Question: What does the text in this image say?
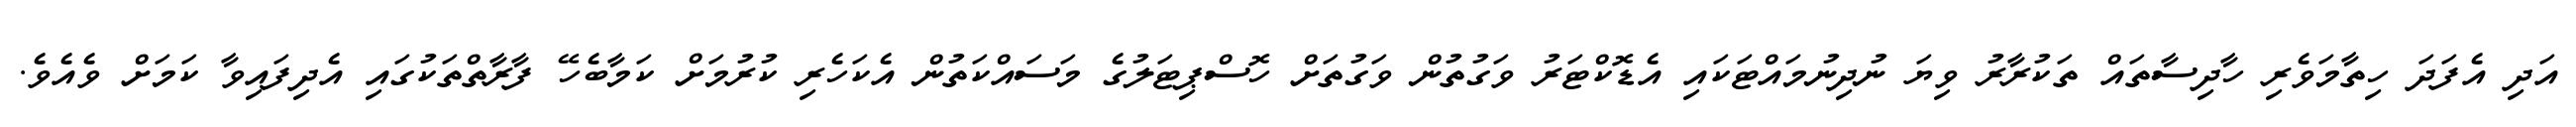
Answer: އަދި އެފަދަ ހިތާމަވެރި ހާދިސާތައް ތަކުރާރު ވިޔަ ނުދިނުމައްޓަކައި އެޑޮކްޓަރު ވަގުތުން ވަގުތަށް ހޮސްޕިޓަލުގެ މަސައްކަތުން އެކަހެރި ކުރުމަށް ކަމާބެހޭ ފާރާތްތަކުގައި އެދިފައިވާ ކަމަށް ވެއެވެ.